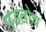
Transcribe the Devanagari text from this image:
पडतोच